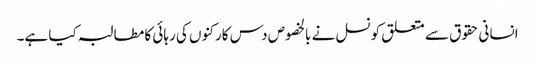
انسانی حقوق سے متعلق کونسل نے بالخصوص دس کارکنوں کی رہائی کا مطالبہ کیا ہے۔